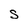
Character: S